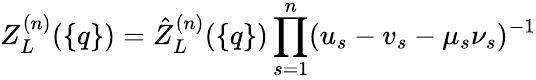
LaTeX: Z_{L}^{(n)}(\{ q\} )=\hat{Z}_{L}^{(n)}(\{ q\} )\prod_{s=1}^{n}(u_{s}-v_{s}-\mu_{s}\nu_{s})^{-1}